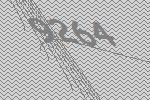
9264